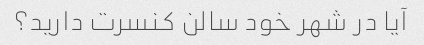
آیا در شهر خود سالن کنسرت دارید؟